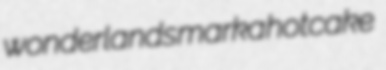
wonderlands marka hotcake